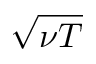
\sqrt { \nu T }